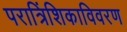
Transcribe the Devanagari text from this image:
परात्रिंशिकाविवरण